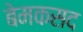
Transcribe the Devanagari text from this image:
बेमकसद